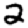
Digit: 2